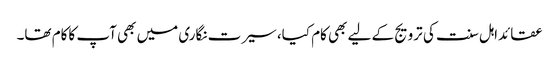
عقائداہل سنت کی ترویج کے لیے بھی کام کیا، سیرت نگاری میں بھی آپ کاکام تھا۔